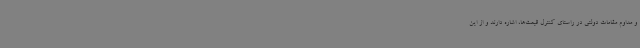
و مداوم مقامات دولتی در راستای کنترل قیمت‌ها، اشاره دارند و از این